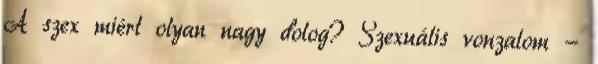
A szex miért olyan nagy dolog? Szexuális vonzalom -